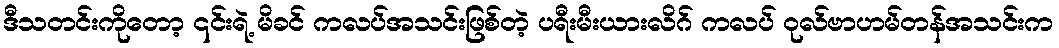
ဒီသတင်းကိုတော့ ၎င်းရဲ့ မိခင် ကလပ်အသင်းဖြစ်တဲ့ ပရီးမီးယားလိဂ် ကလပ် ဝုလ်ဗာဟမ်တန်အသင်းက